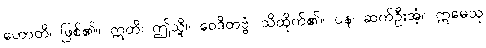
ဟောတိ၊ ဖြစ်၏။ ဣတိ၊ ဤသို့။ ဝေဒိတဗ္ဗံ၊ သိထိုက်၏။ ပန၊ ဆက်ဦးအံ့။ ဣမေသု